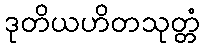
ဒုတိယဟိတသုတ္တံ